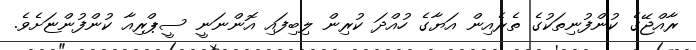
ރާއްޖޭގެ ކުންފުނިތަކުގެ ތެރެއިން އަޔާގެ ހުއްދަ ކުރިން ލިބިފައި އޮންނަނީ ސީޕްރިއާ ކުންފުންޏަށެވެ.